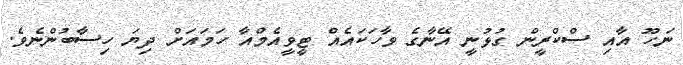
ނަހޫ އާއި ސްކްރީން ގުޅުނީ އޭނާގެ ވާހަކައެއް ޓީވީއެމްއާ ހަމައަށް ދިޔަ ހިސާބުންނެވެ.